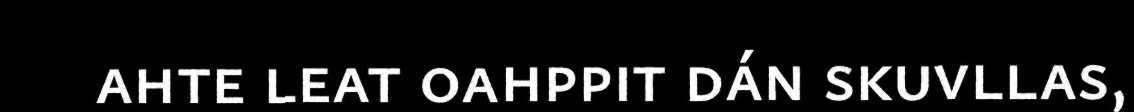
ahte leat oahppit dán skuvllas,